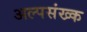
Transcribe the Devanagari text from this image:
अल्पसंख्क